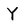
Character: Y